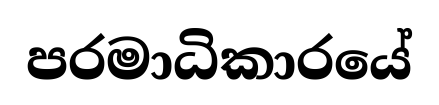
පරමාධිකාරයේ